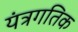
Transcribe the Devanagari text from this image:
यंत्रगतिक